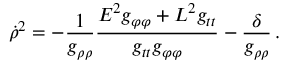
\dot { \rho } ^ { 2 } = - \frac { 1 } { g _ { \rho \rho } } \frac { E ^ { 2 } g _ { \varphi \varphi } + L ^ { 2 } g _ { t t } } { g _ { t t } g _ { \varphi \varphi } } - \frac { \delta } { g _ { \rho \rho } } \, .